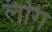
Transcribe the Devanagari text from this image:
लॊग